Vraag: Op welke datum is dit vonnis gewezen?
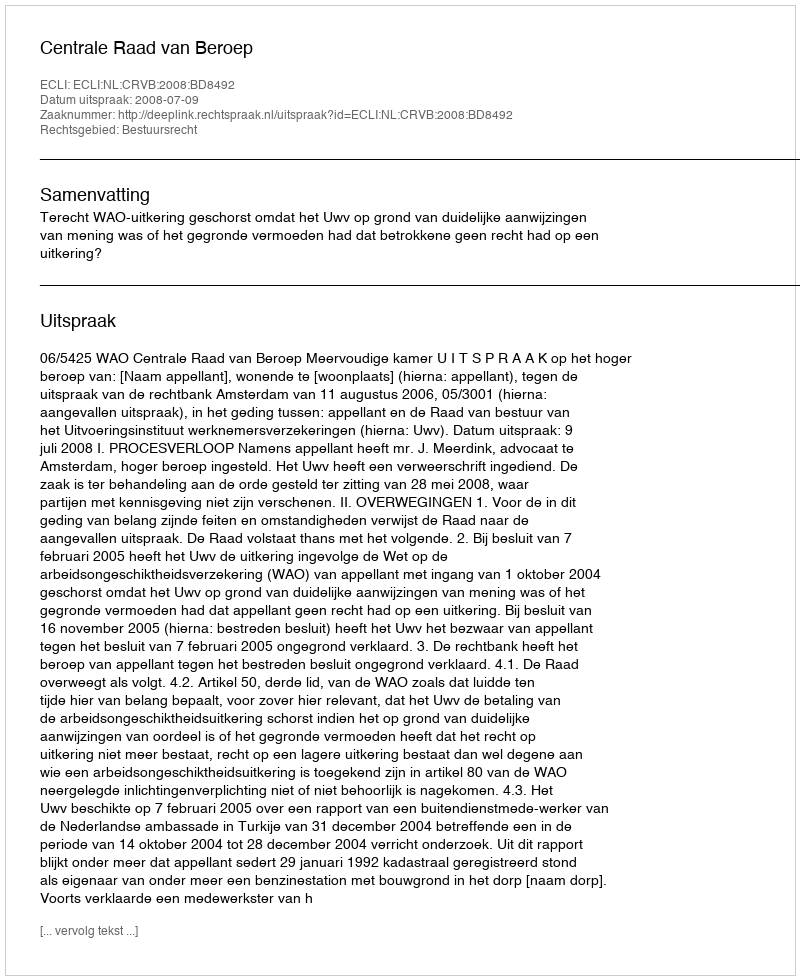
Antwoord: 2008-07-09